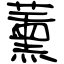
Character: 薰